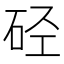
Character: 硁